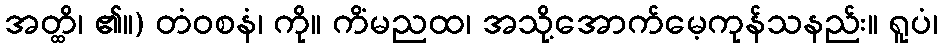
အတ္ထိ၊ ၏။) တံဝစနံ၊ ကို။ ကိံမညထ၊ အသို့အောက်မေ့ကုန်သနည်း။ ရူပံ၊